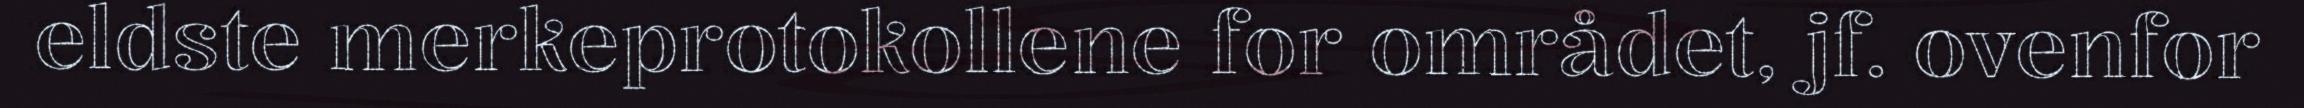
eldste merkeprotokollene for området, jf. ovenfor